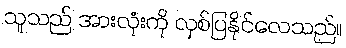
သူသည် အားလုံးကို လှစ်ပြနိုင်လေသည်။